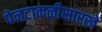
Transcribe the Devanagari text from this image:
पेनटाकळीसारखे